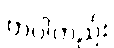
တပါတည်း